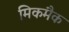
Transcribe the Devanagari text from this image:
मिकमैक